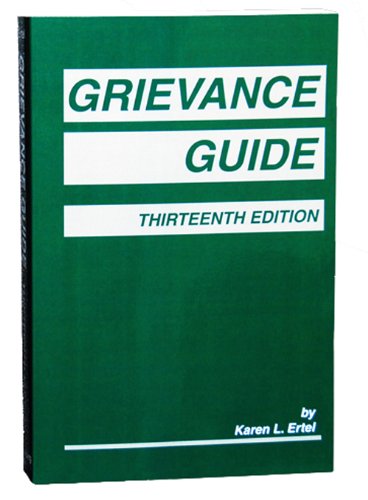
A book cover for Grievance Guide, Thirteenth Edition; Karen L. Ertel; Law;